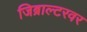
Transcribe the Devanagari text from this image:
जिब्राल्टरवर